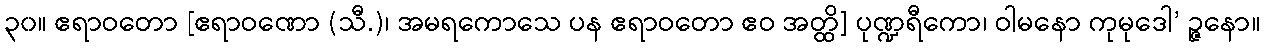
၃၀။ ဧရာဝတော [ဧရာဝဏော (သီ.)၊ အမရကောသေ ပန ဧရာဝတော ဧဝ အတ္ထိ] ပုဏ္ဍရီကော၊ ဝါမနော ကုမုဒေါ’ ဉ္ဇနော။